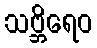
သဗ္ဘိရေဝ